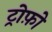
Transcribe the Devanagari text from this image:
ट्रोफ़ो